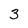
Character: 3